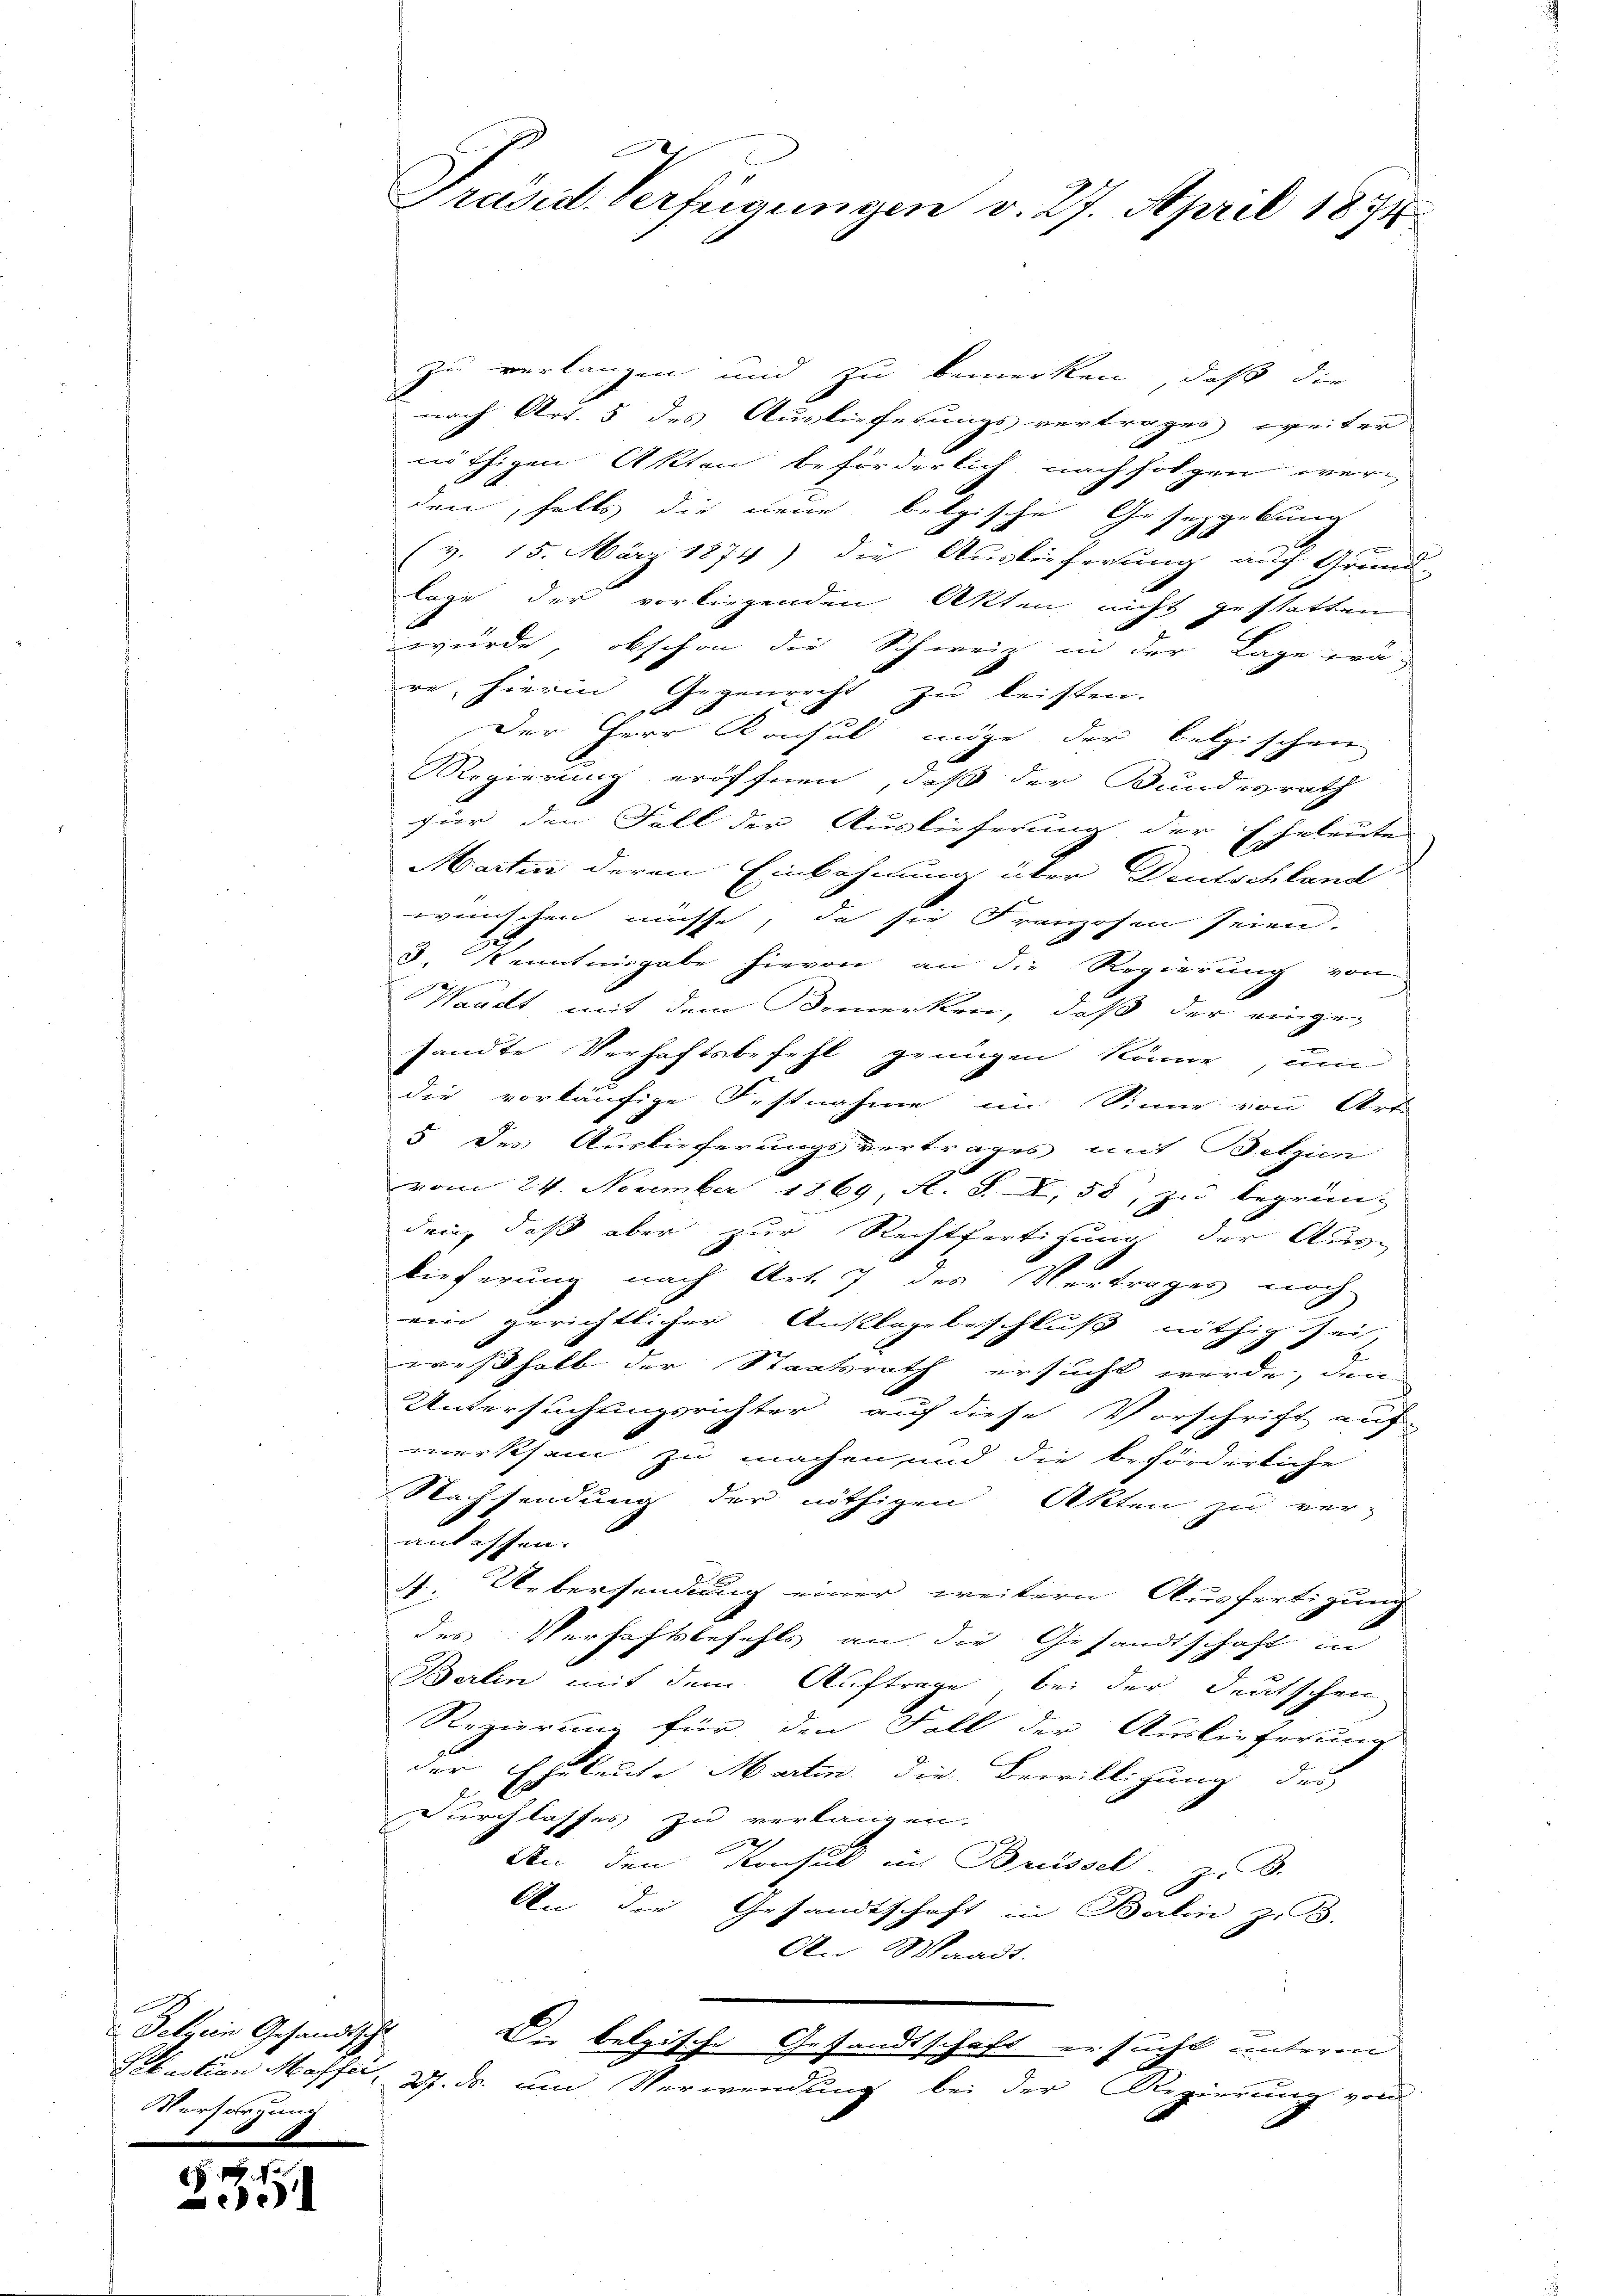
f
Setzen Gesandtschl
Versorgung

235

zu verlangen und zu bemerken, daß die
nach Art. 5 des Auslieferungsvertrages weiter
nöthigen Akten beförderlich nachfolgen werden, falls die neue belgische Gesetzgebung
(v. 15. März 1874) die Auslieferung auf Grund-
lage der vorliegenden Akten nicht gestatten
würde, obschon die Schwein in der Lage prä-
re hierin Gegenrecht zu leisten.
der Herr Konsul möge der belgischen
Regierung eröffnen, daß der Bundesrath
für den Fall der Auslieferung der Eheleute
Martin deren Einbahnung über Deutschland
wünschen müsse, da sie Franzosen seien.
122.
J. Kenntnisgabe hievon an die Regierung von
Waadt, mit dem Bemerken, daß der einge-
sandte Verhaftsbefehl genügen könne, um
die vorläufige Festnahme im Sinne von Art.
5 des Auslieferungsvertrages mit Belgien
vom 24. November 1869 A. S. I, 58, zu begrün-
den, daß aber zur Rechtfertigung der Aus-
Dieferung nach Art. 7 des Vertrages noch
ein gerichtlicher Anklagebeschluß nöthig sei,
weßhalb der Staatsrath ersucht werde, den
Untersuchungsrichter auf diese Vorschrift auf
merksam zu machen und die beförderliche
Nachsendung der nöthigen Akten zu ver-
anlassen.
4. Uebersendung einer weitern Ausfertigung
des Verhaftsbefehls an die Gesandtschaft in
Berlin mit dem Auftrage, bei der Deutschen
Regierung für den Fall der Auslieferung
der Eheleute Martin die Bewilligung des
Durchlasses zu verlangen.
2
Sie den Konsul in Brüssel. z. B.
An die Gesandtschaft in Balin zu 3.
An Waadt.
Die belgische Gesandtschaft ersucht unterm
Sebastian Masser, 2. d. um Verwendung bei der Regierung von

Präsid. Verfügungen v. 27. April 1874